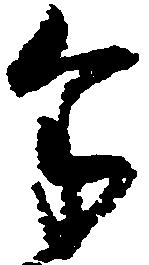
余